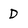
Character: D